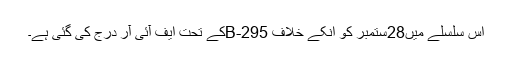
اس سلسلے میں28ستمبر کو انکے خلاف 295-Bکے تحت ایف آئی آر درج کی گئی ہے۔